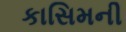
કાસિમની